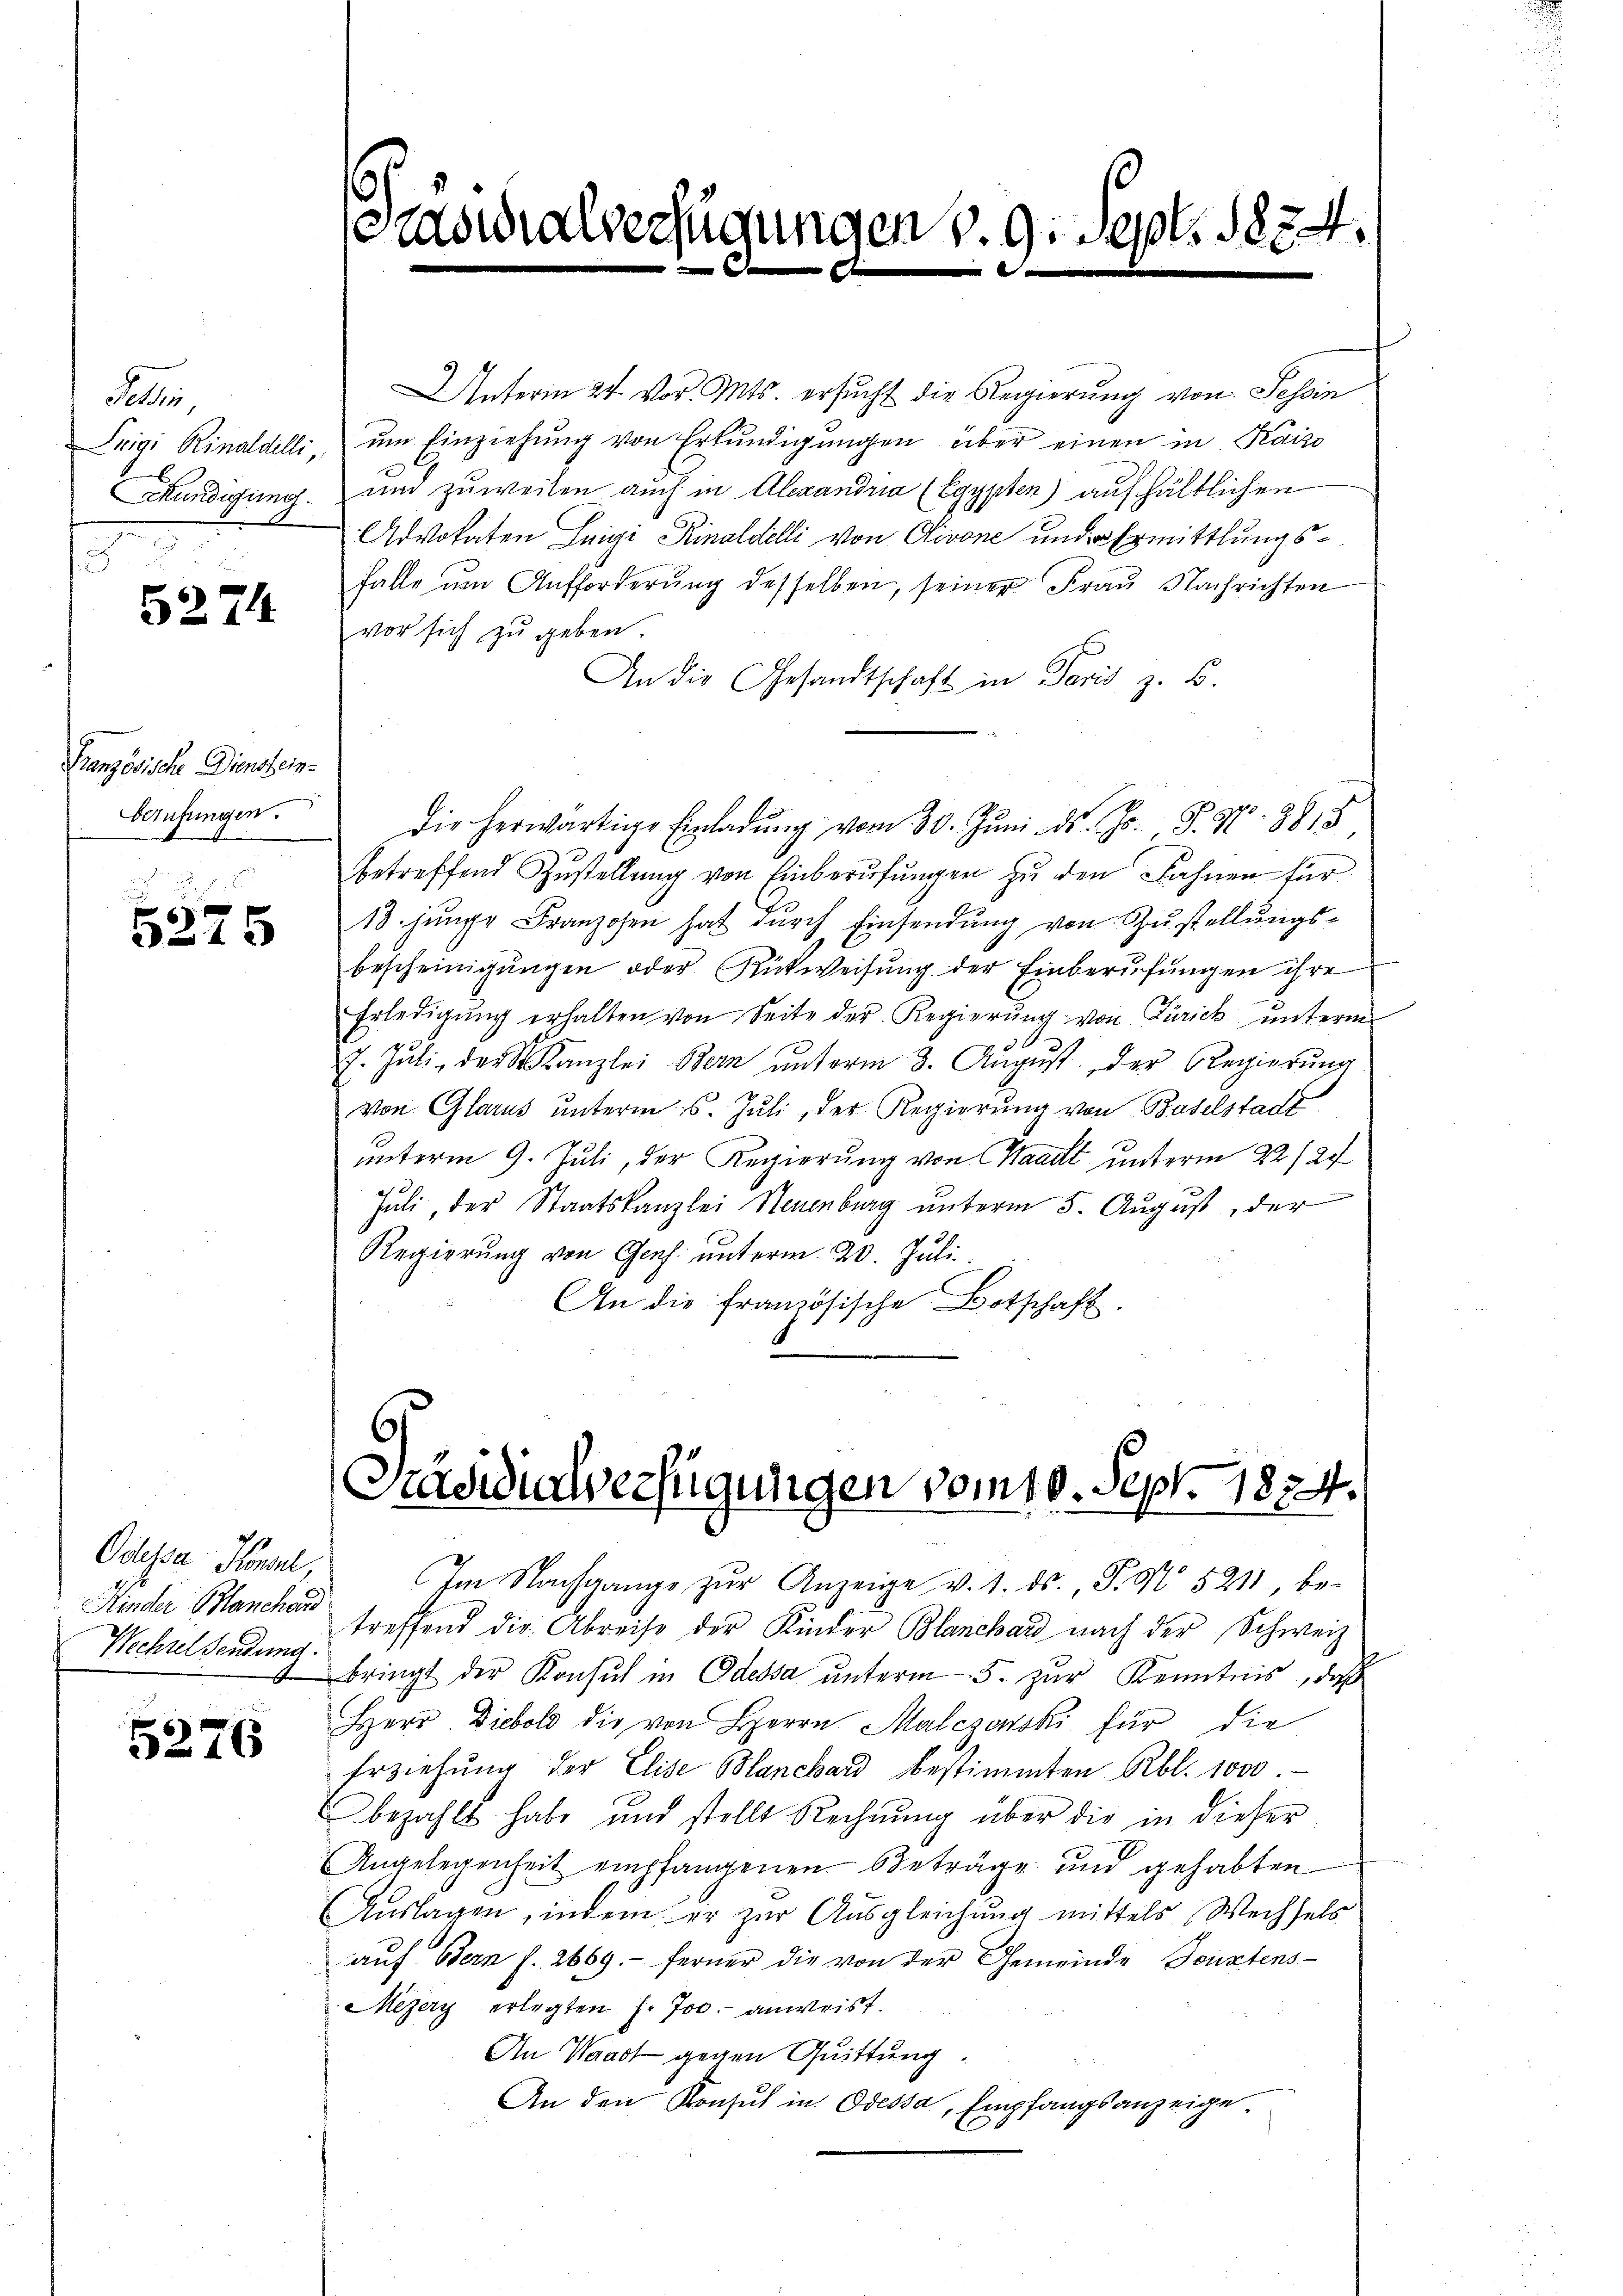
Fallen
Trigi Rinaldilli,
Mundigung.

5274

Französische Dienstein¬
Berufungen.

5275

Odessa Konsul,
Kinder Plancha
Wechsel sendung.

5276

Anferm 24. vor. Mts. ersucht die Regierung von Tessin
um Einziehung von Erkundigungen über einen in Kaizo
un zuweilen auch in Alexandria (Egypten) aufhältlichen
Advokaten Luigi Rinaldilli von Olivone und Ermittlungsfalle um Aufforderung desselben, seiner Frau Nachrichten
vor sich zu geben.
An die Gesandtschaft in Paris z. B.
die herwärtige Einladŭng vom 30. Jŭni d. Js. S. 97. 38, 8
betreffend Zustellung von Einberufungen zu den Fahnen für
13. Junge Franzosen hat durch Einsendung von Zustellungsbescheinigŭngen oder Rückweisŭng der Einberŭfŭngen ihre
Erledigung erhalten von Seite der Regierung von Zürich unterm
7. Jŭli, der Kanzlei Bern ŭnterm 3. August der Regierŭng
von Glarus unterm 15. Juli, der Regierung von Baselstadt
unterm 9. Juli, der Regierung von Waadt unterm 22/27
9
Juli, der Staatskanzlei Neuenburg unterm 5. August der
Regierung von Genf unterm 20. Juli
An die französische Botschaft.
1

Im Nachgange zŭr Anzeige v. 1. ds., S. 5211, be-
treffend die Abreise der Kinder Blanchard nach der Schweiz
bringt der Konsul in Odessa ŭnterm 5. zŭr Kenntnis, daß
Herr Diebold die von Herrn Malezenski für die
Erziehung der Elise Blanchard bestimmten Rbl. 1000
bezahlt habe und stellt Rechnŭng über die in dieser
Angelegenheit empfangenen Beträge und gehabten
Auslagen, indem er zur Ausgleichung mittels Wechsels
aŭf Bern f. 2669. ferner die von der Gemeinde Seuztens-
Mezery erlegten J. Jos. anweist.
An Waadt gegen Quittung.
An den Konsul in Odessa, Empfangsanzeige

Stasialverfügungen v. 9. Sept. 1834.

Präsidialverfügungen vom 10. Sept. 1834.